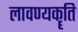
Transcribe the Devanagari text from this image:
लावण्यकॄति